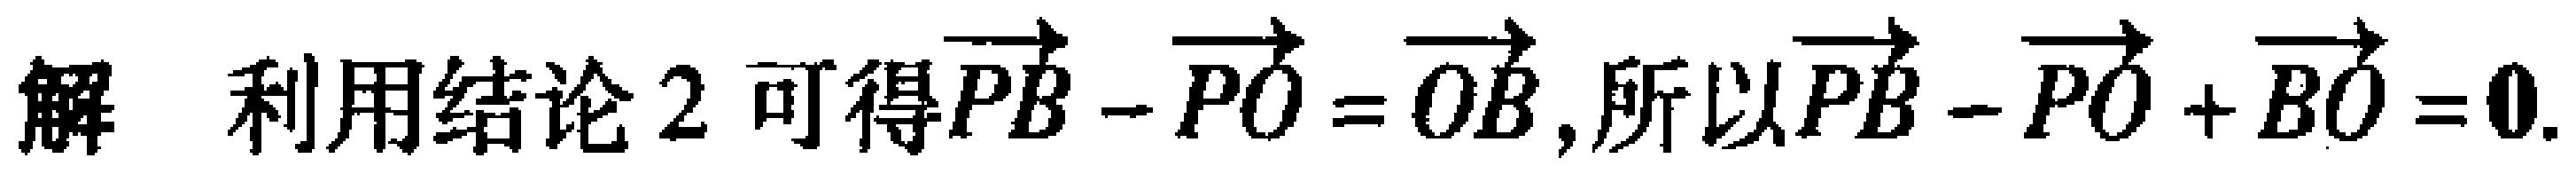
解 利用结论 2 可得$\overrightarrow{PB}-\overrightarrow{PO}=\overrightarrow{OB}$,所以$\overrightarrow{PB}-\overrightarrow{PO}+\overrightarrow{BO}=\mathbf{0}$.